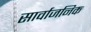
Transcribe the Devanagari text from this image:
सार्वाजनिक